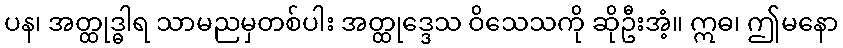
ပန၊ အတ္ထုဒ္ဓါရ သာမညမှတစ်ပါး အတ္ထုဒ္ဒေသ ဝိသေသကို ဆိုဦးအံ့။ ဣဓ၊ ဤမနော